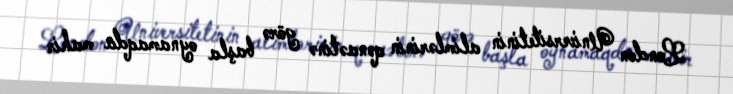
London Universitetinin alimlərinin qənaətinə görə başla oynamaqda mahir